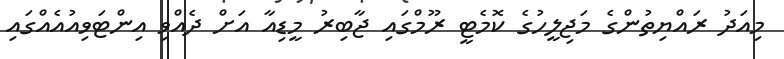
މިއަދު ރައްޔިތުންގެ މަޖިލީހުގެ ކޮމެޓީ ރޫމްގައި ޖާބިރު މީޑިއާ އަށް ދެއްވި އިންޓަވިއުއެއްގައި